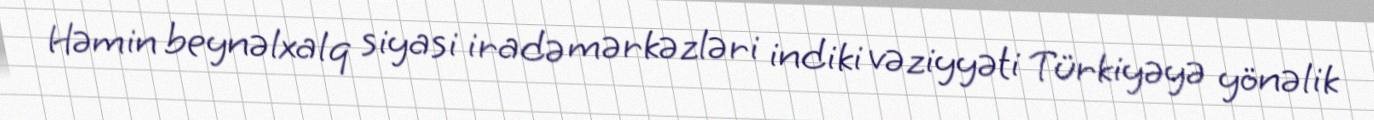
Həmin beynəlxalq siyasi iradə mərkəzləri indiki vəziyyəti Türkiyəyə yönəlik